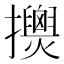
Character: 𢹰